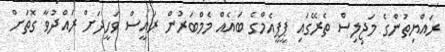
ރައްޔިތުންގެ މަޖިލިސް ތެރޭގައި ޕީޕީއެމްގެ ބައެއް މެމްބަރުން ރައީސް ވަހީދަށް ރައްދުވާ ގޮތަށް